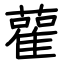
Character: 雚